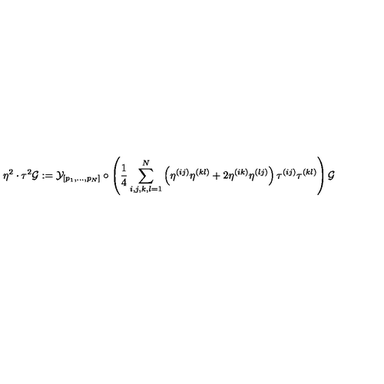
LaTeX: \eta ^ { 2 } \cdot \tau ^ { 2 } { \cal { G } } : = { \cal { Y } } _ { [ p _ { 1 } , . . . , p _ { N } ] } \circ \left( { \frac { 1 } { 4 } } \sum _ { i , j , k , l = 1 } ^ { N } \left( \eta ^ { ( i j ) } \eta ^ { ( k l ) } + 2 \eta ^ { ( i k ) } \eta ^ { ( l j ) } \right) \tau ^ { ( i j ) } \tau ^ { ( k l ) } \right) { \cal { G } }